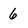
Character: 6